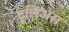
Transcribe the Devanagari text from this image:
टूलिअस